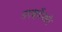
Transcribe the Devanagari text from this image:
तपश्चर्येमध्ये